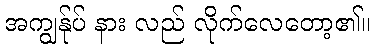
အကျွန်ုပ် နား လည် လိုက်လေတော့၏။